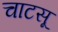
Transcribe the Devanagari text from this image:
चाटसू